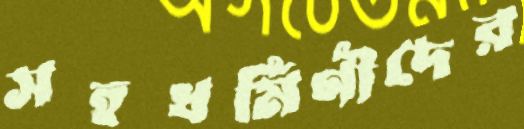
সহধর্মিণীদের